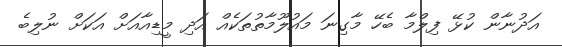
އަދުނާން ކުޅޭ ފިލްމާ ބެހޭ މާގިނަ މައުލޫމާތުތަކެއް އަދި މީޑިއާއަށް އަކަށް ނުލިބެ